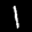
Label: 1